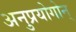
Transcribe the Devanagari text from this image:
अनुप्रयोगोन्